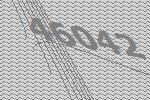
46042